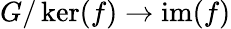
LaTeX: G/\ker(f)\to\operatorname{im}(f)